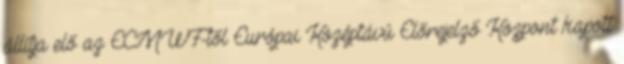
állítja elő az ECMWF-től Európai Középtávú Előrejelző Központ kapott